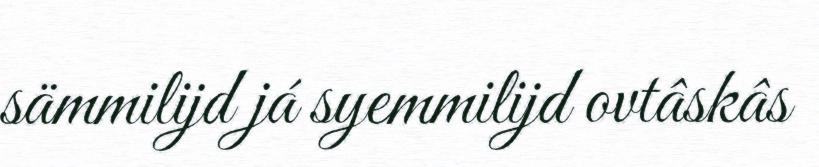
sämmilijd já syemmilijd ovtâskâs